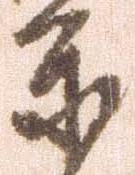
等